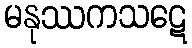
မနုဿကသဋေ